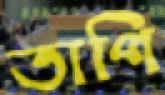
তাপি